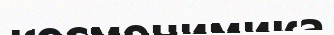
космонимика